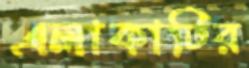
এলাকাটির